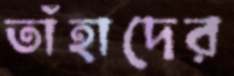
তাঁহাদের